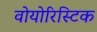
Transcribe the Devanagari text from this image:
वोयोरिस्टिक